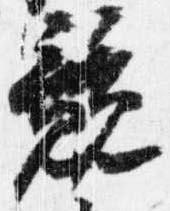
競